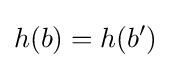
h(b)=h(b')